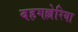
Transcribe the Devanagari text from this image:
वहगल्लेरिया